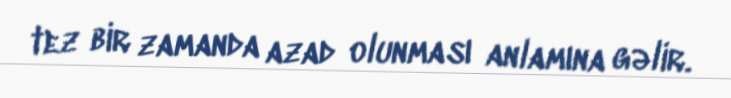
tez bir zamanda azad olunması anlamına gəlir.